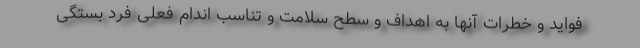
فواید و خطرات آنها به اهداف و سطح سلامت و تناسب اندام فعلی فرد بستگی